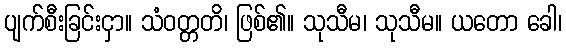
ပျက်စီးခြင်းငှာ။ သံဝတ္တတိ၊ ဖြစ်၏။ သုသီမ၊ သုသီမ။ ယတော ခေါ၊